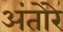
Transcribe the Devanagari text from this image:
अंतोरे